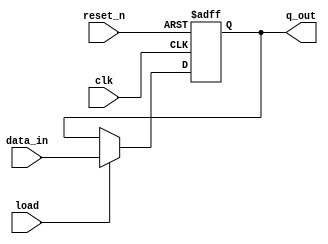
module register_load_and_reset(clk, load, reset_n, data_in, q_out);
    parameter SIZE = 4;
    input clk, load, reset_n;
    input [SIZE-1:0] data_in;
    output reg [SIZE-1:0] q_out;

    always @(posedge clk or negedge reset_n) begin
        if (!reset_n) q_out <= {SIZE{1'b0}};
        else if (load) q_out <= data_in;
    end
endmodule